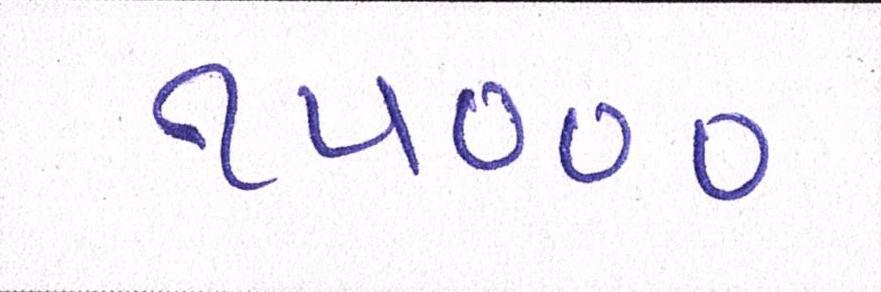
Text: ૧૫૦૦૦